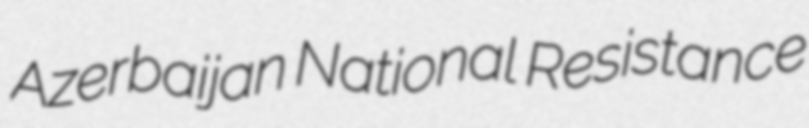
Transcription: Azerbaijan National Resistance